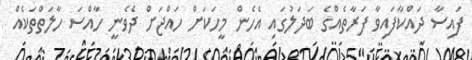
ފައިސާ ދައްކާފައިވާ ފަރާތެއްގެ ބަދަލުގައި އެހެން މީހަކަށް ހައްޖަށް ދެވެނީ ހާއްސަ ހާލަތްތަކެއް